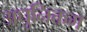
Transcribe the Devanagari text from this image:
अधुनिक्तम